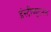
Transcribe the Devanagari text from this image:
इंस्टीच्यूटनल